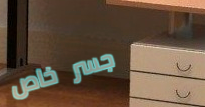
جسر خاص